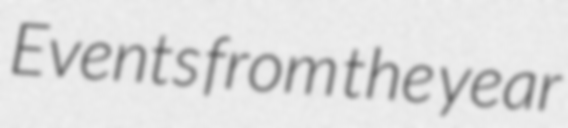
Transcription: Events from the year